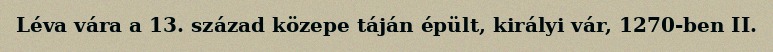
Léva vára a 13. század közepe táján épült, királyi vár, 1270-ben II.